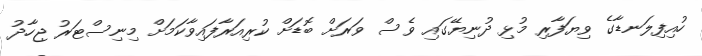
ހުއިފިލަނޑާގެ ވިޔަފާރި މުޅި ދުނިޔޭގައި ވެސް ވަރަށް ބޮޑަށް ކުރިއަރާފައިވާކަމަށް މިނިސްޓަރު ޖިހާދު